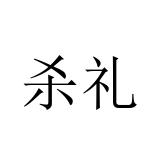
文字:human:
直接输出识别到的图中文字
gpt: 杀礼